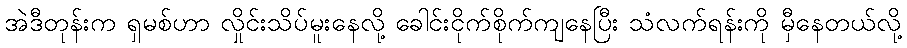
အဲဒီတုန်းက ရှမစ်ဟာ လှိုင်းသိပ်မူးနေလို့ ခေါင်းငိုက်စိုက်ကျနေပြီး သံလက်ရန်းကို မှီနေတယ်လို့